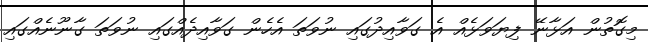
މިގޮތުން އަޅާނޭ ފިޔަވަޅެއް އެ ގަވާއިދުގައި ނުވަތަ އެހެން ގަވާއިދެއްގައި ނުވަތަ ގާނޫނެއްގައި